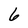
Character: 6